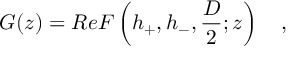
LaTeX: G ( z ) = R e F \left( h _ { + } , h _ { - } , \frac { D } { 2 } ; z \right) \quad ,